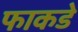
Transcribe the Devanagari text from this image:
फाकडे